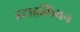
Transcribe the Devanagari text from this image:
इटाइलियन